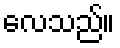
လေသည်။